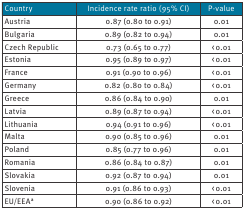
<table><thead><tr><td><b>Country</b></td><td><b>Incidence rate ratio (95% CI)</b></td><td><b>P-value</b></td></tr></thead><tbody><tr><td>Austria</td><td>0.87 (0.80 to 0.91)</td><td>0.01</td></tr><tr><td>Bulgaria</td><td>0.89 (0.82 to 0.94)</td><td>0.01</td></tr><tr><td>Czech Republic</td><td>0.73 (0.65 to 0.77)</td><td>&lt; 0.01</td></tr><tr><td>Estonia</td><td>0.95 (0.89 to 0.97)</td><td>&lt; 0.01</td></tr><tr><td>France</td><td>0.91 (0.90 to 0.96)</td><td>&lt; 0.01</td></tr><tr><td>Germany</td><td>0.82 (0.80 to 0.84)</td><td>&lt; 0.01</td></tr><tr><td>Greece</td><td>0.86 (0.84 to 0.90)</td><td>0.01</td></tr><tr><td>Latvia</td><td>0.89 (0.87 to 0.94)</td><td>&lt; 0.01</td></tr><tr><td>Lithuania</td><td>0.94 (0.91 to 0.96)</td><td>&lt; 0.01</td></tr><tr><td>Malta</td><td>0.90 (0.85 to 0.96)</td><td>0.01</td></tr><tr><td>Poland</td><td>0.85 (0.77 to 0.96)</td><td>0.01</td></tr><tr><td>Romania</td><td>0.86 (0.84 to 0.87)</td><td>0.01</td></tr><tr><td>Slovakia</td><td>0.92 (0.87 to 0.94)</td><td>0.01</td></tr><tr><td>Slovenia</td><td>0.91 (0.86 to 0.93)</td><td>&lt; 0.01</td></tr><tr><td>EU/EEA<b><sup>a</sup></b></td><td>0.90 (0.86 to 0.92)</td><td>&lt; 0.01</td></tr></tbody></table>